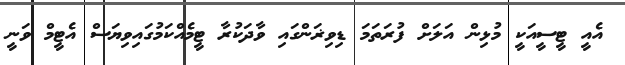
އެއީ ޓީސީއަކީ މުޅިން އަލަށް ފުރަތަމަ ޑިވިޜަންގައި ވާދަކުރާ ޓީމެއްކަމުގައިވިޔަސް އެޓީމް ވަނީ